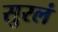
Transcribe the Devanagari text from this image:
सुरलं